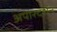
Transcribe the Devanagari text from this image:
अपारदर्शन